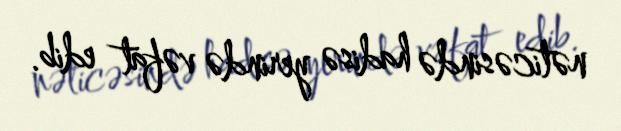
nəticəsində hadisə yerində vəfat edib.